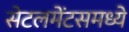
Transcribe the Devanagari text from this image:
सेटलमेंटसमध्ये